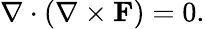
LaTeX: \nabla\cdot(\nabla\times\mathbf{F})=0.